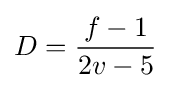
D={\frac {f-1}{2v-5}}